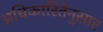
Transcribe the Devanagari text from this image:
अधिकारितेनुसार